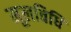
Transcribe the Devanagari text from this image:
मूलविधि